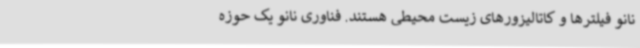
نانو فیلترها و کاتالیزورهای زیست محیطی هستند. فناوری نانو یک حوزه